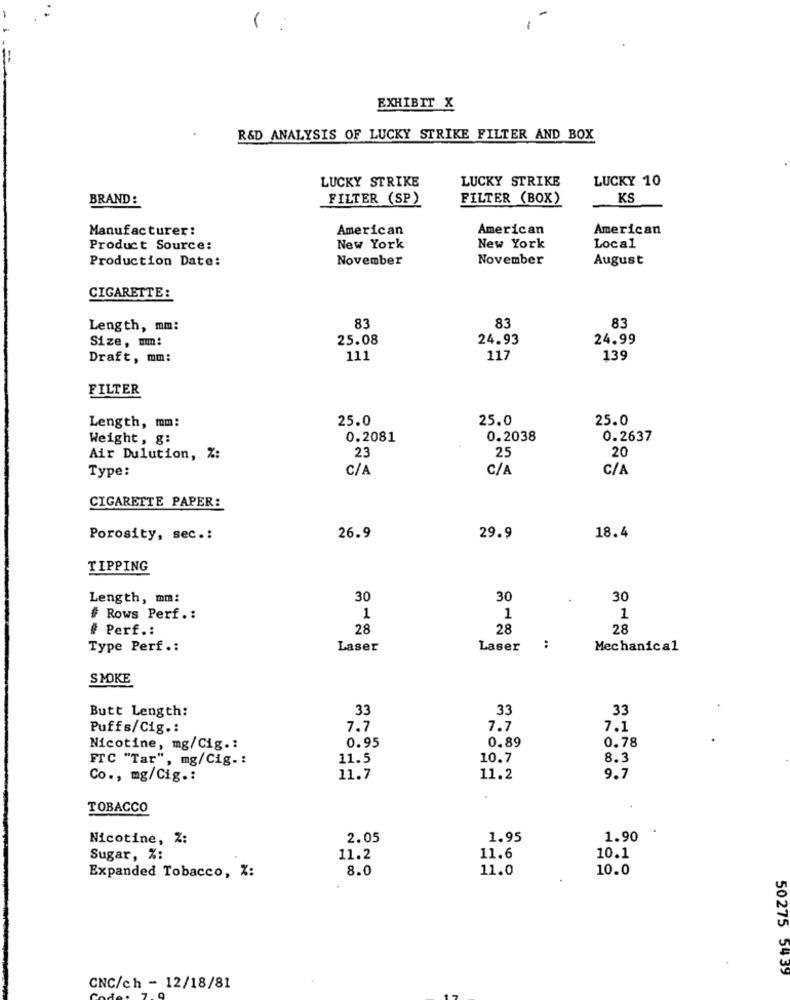
EXHIBIT X
R&D ANALYSIS OF LUCKY STRIKE FILTER AND BOX
LUCKY STRIKE
LUCKY STRIKE
LUCKY 10
BRAND:
FILTER (SP)
FILTER (BOX)
KS
Manufacturer:
American
American
American
Product Source:
New York
New York
Local
Production Date:
November
November
August
CIGARETTE:
83
83
Length, mm:
83
Size, mm:
25.08
24.93
24.99
Draft, mm:
111
117
139
FILTER
25.0
25.0
25.0
Length, mm:
Weight, g:
0.2081
0.2038
0.2637
23
25
20
Air Dulution, %:
Type:
C/A
C/A
C/A
CIGARETTE PAPER:
Porosity, sec .:
26.9
29.9
18.4
TIPPING
Length, mm:
30
30
30
# Rows Perf .:
1
1
1
# Perf .:
28
28
28
Type Perf .:
Laser
Laser
:
Mechanical
SMOKE
Butt Length:
33
33
33
Puffs/Cig .:
7.7
7.7
7.1
0.95
0.89
0.78
Nicotine, mg/Cig .:
Fr C "Tar", mg/Cig .:
11.5
10.7
8.3
Co ., mg/Cig .:
11.7
11.2
9.7
.
TOBACCO
Nicotine, Z:
2.05
1.95
1.90
10.1
Sugar, %:
11.2
11.6
8.0
11.0
10.0
Expanded Tobacco, %:
50275 54 39
CNC/ch - 12/18/81